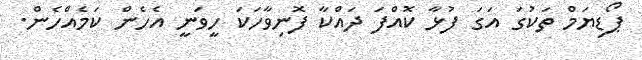
ޕޯޑިޔަމް ތަކުގަ އަގަ ފުޅާ ކޮއްފަ ދައްކާ ފޮނިވާހަކަ ހީވަނީ އެހެން ކަމެއްހެން.